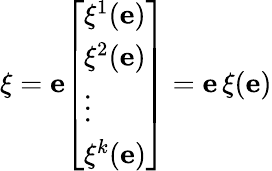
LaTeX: \xi={\mathbf{e}}{\left[\begin{array}{l}{\xi^{1}(\mathbf{e})}\\ {\xi^{2}(\mathbf{e})}\\ {\vdots}\\ {\xi^{k}(\mathbf{e})}\end{array}\right]}={\mathbf{e}}\, \xi(\mathbf{e})